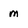
Character: m